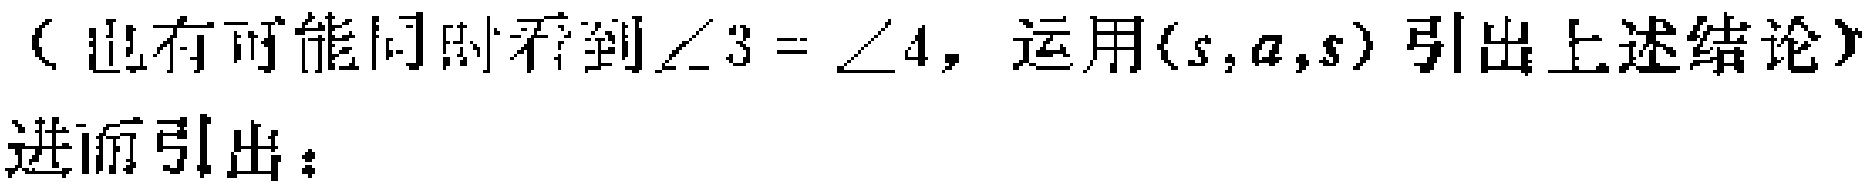
（也有可能同时看到$\angle 3 = \angle 4$，运用$(s,a,s)$引出上述结论）

进而引出：